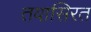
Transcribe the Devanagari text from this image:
तवासिरत